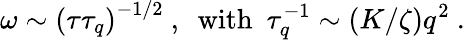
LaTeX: \omega\sim\left(\tau\tau_{q}\right)^{-1/2}\ ,\ \ \mathrm{with}\ \ \tau_{q}^{-1}\sim(K/\zeta)q^{2}\ .